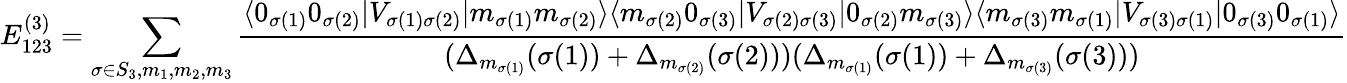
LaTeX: E_{123}^{(3)}=\sum_{\sigma\in S_{3},m_{1},m_{2},m_{3}}\frac{\langle 0_{\sigma(1)}0_{\sigma(2)}|V_{\sigma(1)\sigma(2)}|m_{\sigma(1)}m_{\sigma(2)}\rangle\langle m_{\sigma(2)}0_{\sigma(3)}|V_{\sigma(2)\sigma(3)}|0_{\sigma(2)}m_{\sigma(3)}\rangle\langle m_{\sigma(3)}m_{\sigma(1)}|V_{\sigma(3)\sigma(1)}|0_{\sigma(3)}0_{\sigma(1)}\rangle}{(\Delta_{m_{\sigma(1)}}(\sigma(1))+\Delta_{m_{\sigma(2)}}(\sigma(2)))(\Delta_{m_{\sigma(1)}}(\sigma(1))+\Delta_{m_{\sigma(3)}}(\sigma(3)))}